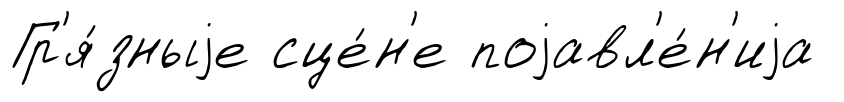
Гр'я́зныjе сце́н'е поjавл'е́н'иjа